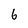
Character: 6